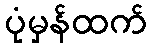
ပုံမှန်ထက်